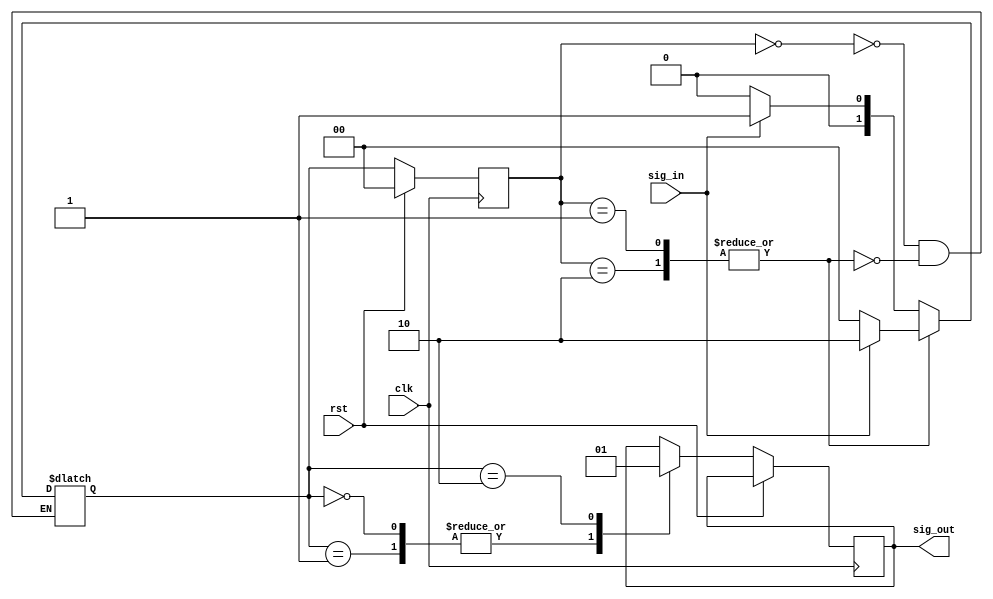
module FSM
  (input wire clk, rst, sig_in,
   output wire sig_out);
   
   localparam IDLE = 2'd0, FIRST = 2'd1, FOUND = 2'd2;
   reg [1:0]  state, nstate;

   always @*
     case ( state )
       IDLE:         nstate = sig_in? FIRST : IDLE;
       FIRST, FOUND: nstate = sig_in? FOUND : IDLE;
     endcase // case ( state )
      
   always @(posedge clk)
     begin
	if ( rst )
	  state <= IDLE;
	else
	  begin
	     state <= nstate;
	     case ( nstate)
	       IDLE, FIRST: sig_out <= 'b0;
	       FOUND:       sig_out <= 'b1;
	     endcase // case ( nstate)
	  end // else: !if( rst )
     end // always @ (posedge clk)
   
endmodule